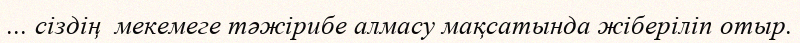
... сіздің  мекемеге тәжірибе алмасу мақсатында жіберіліп отыр.